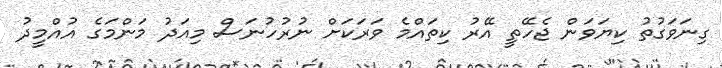
ގިނަވަގުތު ކިޔަވަން ޖެހޭތީ އޭރު ކިތައްމެ ވަރަކަށް ނުރުހުނަސް މިއަދު މަންމަގެ އުއްމީދު